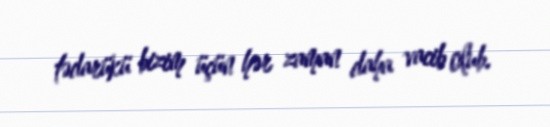
tədarükü bizim üçün hər zaman daha vacib olub.